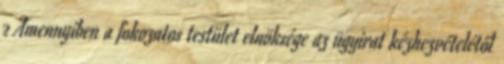
2 Amennyiben a fokozatos testület elnöksége az ügyirat kézhezvételétől